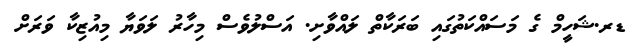
ޑރ.ޝަހީމް ގެ މަސައްކަތުގައި ބަރަކާތް ލައްވާށި. އަސްލުވެސް މިހާރު ލަވަޔާ މިއުޒިކާ ވަރަށް